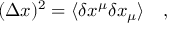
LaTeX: ( \Delta x ) ^ { 2 } = \langle \delta x ^ { \mu } \delta x _ { \mu } \rangle ~ ~ ~ ,